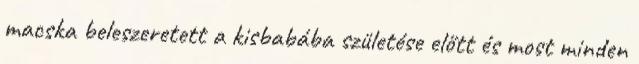
macska beleszeretett a kisbabába születése előtt és most minden